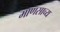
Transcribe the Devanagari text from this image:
माणसाच्य